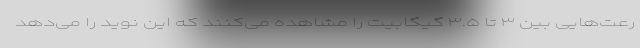
رعت‌هایی بین ۳ تا ۳.۵ گیگابیت را مشاهده می‌کنند که این نوید را می‌دهد